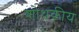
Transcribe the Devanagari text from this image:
शोथकीय